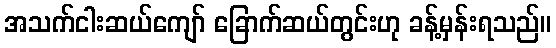
အသက်ငါးဆယ်ကျော် ခြောက်ဆယ်တွင်းဟု ခန့်မှန်းရသည်။